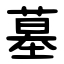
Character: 墓